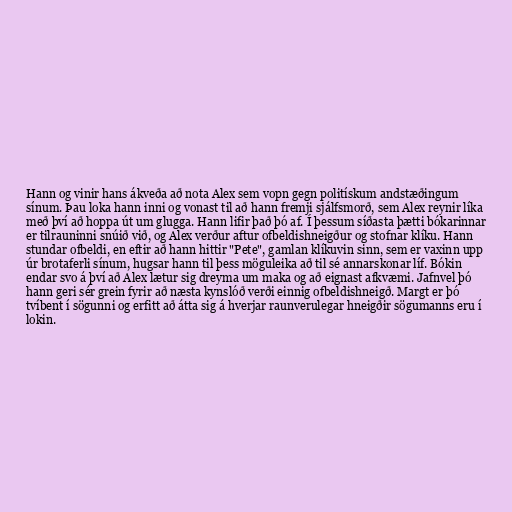
Hann og vinir hans ákveða að nota Alex sem vopn gegn politískum andstæðingum
sínum. Þau loka hann inni og vonast til að hann fremji sjálfsmorð, sem Alex reynir líka
með því að hoppa út um glugga. Hann lifir það þó af. Í þessum síðasta þætti bókarinnar
er tilrauninni snúið við, og Alex verður aftur ofbeldishneigður og stofnar klíku. Hann
stundar ofbeldi, en eftir að hann hittir "Pete", gamlan klíkuvin sinn, sem er vaxinn upp
úr brotaferli sínum, hugsar hann til þess möguleika að til sé annarskonar líf. Bókin
endar svo á því að Alex lætur sig dreyma um maka og að eignast afkvæmi. Jafnvel þó
hann geri sér grein fyrir að næsta kynslóð verði einnig ofbeldishneigð. Margt er þó
tvíbent í sögunni og erfitt að átta sig á hverjar raunverulegar hneigðir sögumanns eru í
lokin.